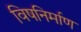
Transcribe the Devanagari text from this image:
विषनिर्माण